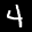
Label: 4